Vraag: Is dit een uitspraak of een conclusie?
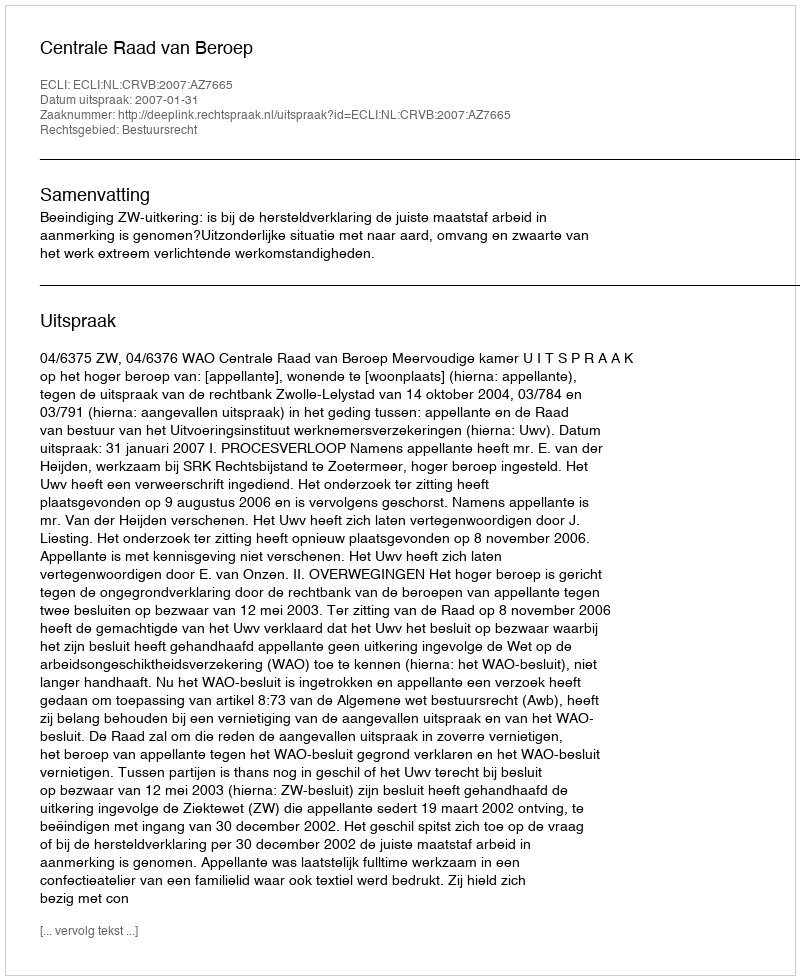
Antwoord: Uitspraak